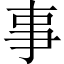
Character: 事